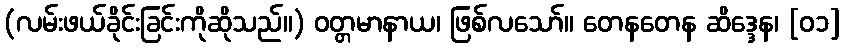
(လမ်းဖယ်ခိုင်းခြင်းကိုဆိုသည်။) ဝတ္တမာနာယ၊ ဖြစ်လသော်။ တေနတေန ဆိဒ္ဒေန၊ [၀၁]